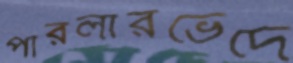
পারলারভেদে